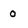
Character: 0